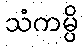
သံကမ္ပိ